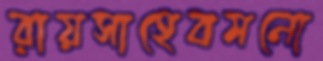
রায়সাহেবমনো